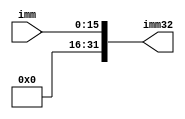
`timescale 1ns / 1ps
//////////////////////////////////////////////////////////////////////////////////
// Company: 
// Engineer: 
// 
// Design Name: 
// Module Name: immediate_extender
// Project Name: 
// Target Devices: 
// Tool Versions: 
// Description: 
// 
// Dependencies: 
// 
// Revision:
// Revision 0.01 - File Created
// Additional Comments:
// 
//////////////////////////////////////////////////////////////////////////////////


module immediate_extender(
    input [15:0] imm,
    output reg [31:0] imm32
    );
    
    always @(*) begin
        imm32 <= {imm,16'b0000000000000000} >>> 16;
    end
endmodule